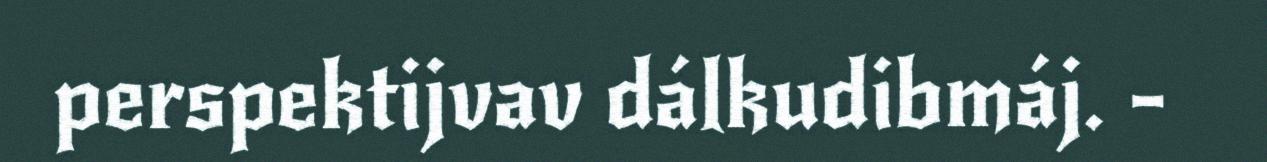
perspektijvav dálkudibmáj. -